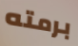
برمته